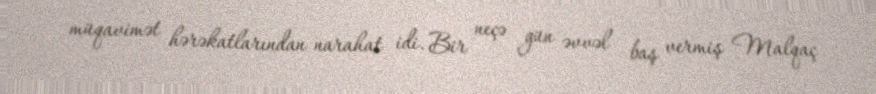
müqavimət hərəkatlarından narahat idi. Bir neçə gün əvvəl baş vermiş Malqaç